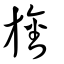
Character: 旛